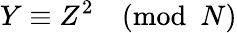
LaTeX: Y\equiv Z^{2}{\pmod{N}}